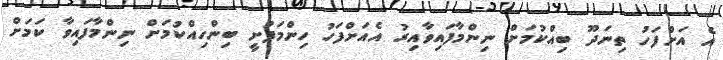
އެ އަށްފަހު ތިނަދޫ ބިއްކުމަށް ނިންމާފައިވާއިރު އެއަށްފަހު ހިންމަފުށީ ބިންހިއްކުމަށް ނިންމާފައިވާ ކަމަށް